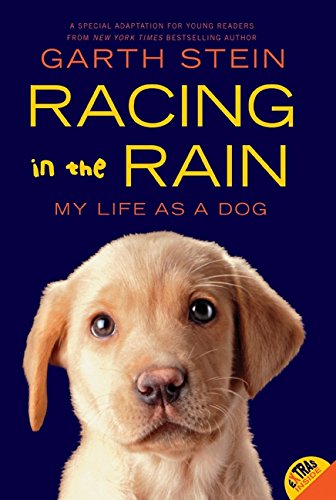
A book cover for Racing in the Rain: My Life as a Dog; Garth Stein; Children's Books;